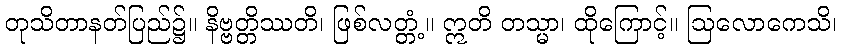
တုသိတာနတ်ပြည်၌။ နိဗ္ဗတ္တိဿတိ၊ ဖြစ်လတ္တံ့။ ဣတိ တသ္မာ၊ ထိုကြောင့်။ ဩလောကေသိ၊